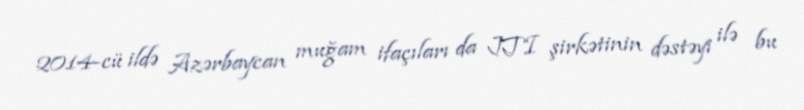
2014-cü ildə Azərbaycan muğam ifaçıları da JTI şirkətinin dəstəyi ilə bu